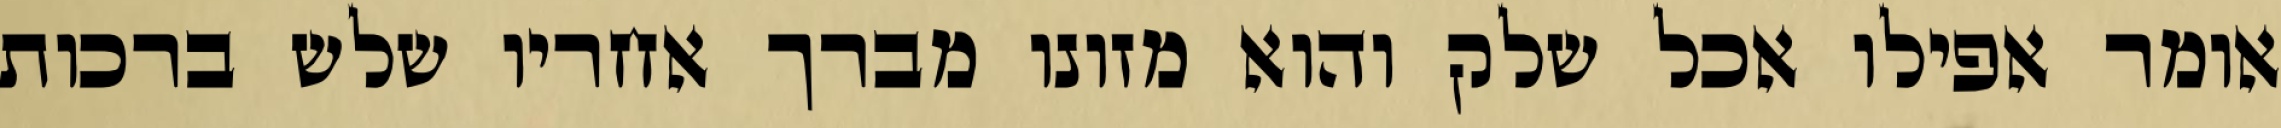
אומר אפילו אכל שלק והוא מזונו מברך אחריו שלש ברכות